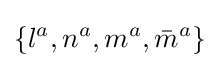
\{l^{a},n^{a},m^{a},{\bar {m}}^{a}\}